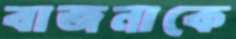
বাজনাকে